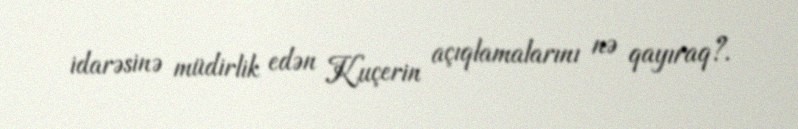
idarəsinə müdirlik edən Kuçerin açıqlamalarını nə qayıraq?.